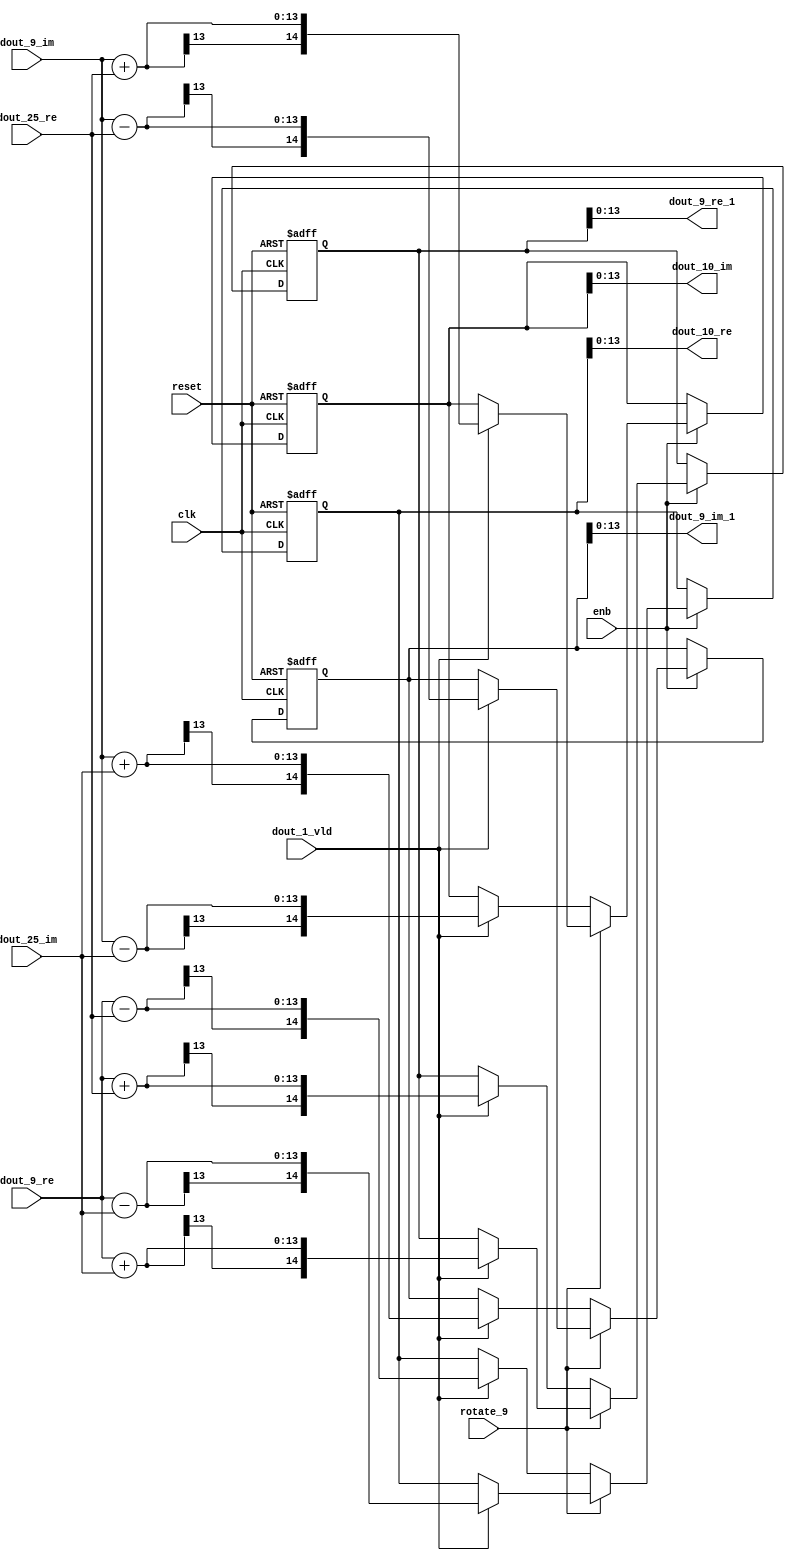
// -------------------------------------------------------------
// 
// 
// Generated by MATLAB 9.14 and HDL Coder 4.1
// 
// -------------------------------------------------------------


// -------------------------------------------------------------
// 
// Module: RADIX22FFT_SDNF2_2_block3
// Source Path: RSP/RSP/Velocity Processor/Doppler Processing/Doppler Processor/FFT/RADIX22FFT_SDNF2_2
// Hierarchy Level: 5
// 
// -------------------------------------------------------------

`timescale 1 ns / 1 ns

module RADIX22FFT_SDNF2_2_block3
          (clk,
           reset,
           enb,
           rotate_9,
           dout_9_re,
           dout_9_im,
           dout_25_re,
           dout_25_im,
           dout_1_vld,
           dout_9_re_1,
           dout_9_im_1,
           dout_10_re,
           dout_10_im);


  input   clk;
  input   reset;
  input   enb;
  input   rotate_9;  // ufix1
  input   signed [12:0] dout_9_re;  // sfix13_En10
  input   signed [12:0] dout_9_im;  // sfix13_En10
  input   signed [12:0] dout_25_re;  // sfix13_En10
  input   signed [12:0] dout_25_im;  // sfix13_En10
  input   dout_1_vld;
  output  signed [13:0] dout_9_re_1;  // sfix14_En10
  output  signed [13:0] dout_9_im_1;  // sfix14_En10
  output  signed [13:0] dout_10_re;  // sfix14_En10
  output  signed [13:0] dout_10_im;  // sfix14_En10


  wire signed [13:0] din1_re;  // sfix14_En10
  wire signed [13:0] din1_im;  // sfix14_En10
  wire signed [13:0] din2_re;  // sfix14_En10
  wire signed [13:0] din2_im;  // sfix14_En10
  reg  Radix22ButterflyG2_NF_din_vld_dly;
  reg signed [14:0] Radix22ButterflyG2_NF_btf1_re_reg;  // sfix15
  reg signed [14:0] Radix22ButterflyG2_NF_btf1_im_reg;  // sfix15
  reg signed [14:0] Radix22ButterflyG2_NF_btf2_re_reg;  // sfix15
  reg signed [14:0] Radix22ButterflyG2_NF_btf2_im_reg;  // sfix15
  reg  Radix22ButterflyG2_NF_din_vld_dly_next;
  reg signed [14:0] Radix22ButterflyG2_NF_btf1_re_reg_next;  // sfix15_En10
  reg signed [14:0] Radix22ButterflyG2_NF_btf1_im_reg_next;  // sfix15_En10
  reg signed [14:0] Radix22ButterflyG2_NF_btf2_re_reg_next;  // sfix15_En10
  reg signed [14:0] Radix22ButterflyG2_NF_btf2_im_reg_next;  // sfix15_En10
  reg signed [13:0] dout_9_re_2;  // sfix14_En10
  reg signed [13:0] dout_9_im_2;  // sfix14_En10
  reg signed [13:0] dout_10_re_1;  // sfix14_En10
  reg signed [13:0] dout_10_im_1;  // sfix14_En10
  reg  dout_2_vld;
  reg signed [14:0] Radix22ButterflyG2_NF_add_cast;  // sfix15_En10
  reg signed [14:0] Radix22ButterflyG2_NF_add_cast_0;  // sfix15_En10
  reg signed [14:0] Radix22ButterflyG2_NF_add_cast_1;  // sfix15_En10
  reg signed [14:0] Radix22ButterflyG2_NF_add_cast_2;  // sfix15_En10
  reg signed [14:0] Radix22ButterflyG2_NF_sub_cast;  // sfix15_En10
  reg signed [14:0] Radix22ButterflyG2_NF_sub_cast_0;  // sfix15_En10
  reg signed [14:0] Radix22ButterflyG2_NF_sub_cast_1;  // sfix15_En10
  reg signed [14:0] Radix22ButterflyG2_NF_sub_cast_2;  // sfix15_En10
  reg signed [14:0] Radix22ButterflyG2_NF_add_cast_3;  // sfix15_En10
  reg signed [14:0] Radix22ButterflyG2_NF_add_cast_4;  // sfix15_En10
  reg signed [14:0] Radix22ButterflyG2_NF_add_cast_5;  // sfix15_En10
  reg signed [14:0] Radix22ButterflyG2_NF_add_cast_6;  // sfix15_En10
  reg signed [14:0] Radix22ButterflyG2_NF_sub_cast_3;  // sfix15_En10
  reg signed [14:0] Radix22ButterflyG2_NF_sub_cast_4;  // sfix15_En10
  reg signed [14:0] Radix22ButterflyG2_NF_sub_cast_5;  // sfix15_En10
  reg signed [14:0] Radix22ButterflyG2_NF_sub_cast_6;  // sfix15_En10


  assign din1_re = {dout_9_re[12], dout_9_re};



  assign din1_im = {dout_9_im[12], dout_9_im};



  assign din2_re = {dout_25_re[12], dout_25_re};



  assign din2_im = {dout_25_im[12], dout_25_im};



  // Radix22ButterflyG2_NF
  always @(posedge clk or posedge reset)
    begin : Radix22ButterflyG2_NF_process
      if (reset == 1'b1) begin
        Radix22ButterflyG2_NF_din_vld_dly <= 1'b0;
        Radix22ButterflyG2_NF_btf1_re_reg <= 15'sb000000000000000;
        Radix22ButterflyG2_NF_btf1_im_reg <= 15'sb000000000000000;
        Radix22ButterflyG2_NF_btf2_re_reg <= 15'sb000000000000000;
        Radix22ButterflyG2_NF_btf2_im_reg <= 15'sb000000000000000;
      end
      else begin
        if (enb) begin
          Radix22ButterflyG2_NF_din_vld_dly <= Radix22ButterflyG2_NF_din_vld_dly_next;
          Radix22ButterflyG2_NF_btf1_re_reg <= Radix22ButterflyG2_NF_btf1_re_reg_next;
          Radix22ButterflyG2_NF_btf1_im_reg <= Radix22ButterflyG2_NF_btf1_im_reg_next;
          Radix22ButterflyG2_NF_btf2_re_reg <= Radix22ButterflyG2_NF_btf2_re_reg_next;
          Radix22ButterflyG2_NF_btf2_im_reg <= Radix22ButterflyG2_NF_btf2_im_reg_next;
        end
      end
    end

  always @(Radix22ButterflyG2_NF_btf1_im_reg, Radix22ButterflyG2_NF_btf1_re_reg,
       Radix22ButterflyG2_NF_btf2_im_reg, Radix22ButterflyG2_NF_btf2_re_reg,
       Radix22ButterflyG2_NF_din_vld_dly, din1_im, din1_re, din2_im, din2_re,
       dout_1_vld, rotate_9) begin
    Radix22ButterflyG2_NF_add_cast_1 = 15'sb000000000000000;
    Radix22ButterflyG2_NF_add_cast_2 = 15'sb000000000000000;
    Radix22ButterflyG2_NF_sub_cast_1 = 15'sb000000000000000;
    Radix22ButterflyG2_NF_sub_cast_2 = 15'sb000000000000000;
    Radix22ButterflyG2_NF_add_cast_5 = 15'sb000000000000000;
    Radix22ButterflyG2_NF_add_cast_6 = 15'sb000000000000000;
    Radix22ButterflyG2_NF_sub_cast_5 = 15'sb000000000000000;
    Radix22ButterflyG2_NF_sub_cast_6 = 15'sb000000000000000;
    Radix22ButterflyG2_NF_add_cast = 15'sb000000000000000;
    Radix22ButterflyG2_NF_add_cast_0 = 15'sb000000000000000;
    Radix22ButterflyG2_NF_sub_cast = 15'sb000000000000000;
    Radix22ButterflyG2_NF_sub_cast_0 = 15'sb000000000000000;
    Radix22ButterflyG2_NF_add_cast_3 = 15'sb000000000000000;
    Radix22ButterflyG2_NF_add_cast_4 = 15'sb000000000000000;
    Radix22ButterflyG2_NF_sub_cast_3 = 15'sb000000000000000;
    Radix22ButterflyG2_NF_sub_cast_4 = 15'sb000000000000000;
    Radix22ButterflyG2_NF_btf1_re_reg_next = Radix22ButterflyG2_NF_btf1_re_reg;
    Radix22ButterflyG2_NF_btf1_im_reg_next = Radix22ButterflyG2_NF_btf1_im_reg;
    Radix22ButterflyG2_NF_btf2_re_reg_next = Radix22ButterflyG2_NF_btf2_re_reg;
    Radix22ButterflyG2_NF_btf2_im_reg_next = Radix22ButterflyG2_NF_btf2_im_reg;
    Radix22ButterflyG2_NF_din_vld_dly_next = dout_1_vld;
    if (rotate_9 != 1'b0) begin
      if (dout_1_vld) begin
        Radix22ButterflyG2_NF_add_cast_1 = {din1_re[13], din1_re};
        Radix22ButterflyG2_NF_add_cast_2 = {din2_im[13], din2_im};
        Radix22ButterflyG2_NF_btf1_re_reg_next = Radix22ButterflyG2_NF_add_cast_1 + Radix22ButterflyG2_NF_add_cast_2;
        Radix22ButterflyG2_NF_sub_cast_1 = {din1_re[13], din1_re};
        Radix22ButterflyG2_NF_sub_cast_2 = {din2_im[13], din2_im};
        Radix22ButterflyG2_NF_btf2_re_reg_next = Radix22ButterflyG2_NF_sub_cast_1 - Radix22ButterflyG2_NF_sub_cast_2;
        Radix22ButterflyG2_NF_add_cast_5 = {din1_im[13], din1_im};
        Radix22ButterflyG2_NF_add_cast_6 = {din2_re[13], din2_re};
        Radix22ButterflyG2_NF_btf2_im_reg_next = Radix22ButterflyG2_NF_add_cast_5 + Radix22ButterflyG2_NF_add_cast_6;
        Radix22ButterflyG2_NF_sub_cast_5 = {din1_im[13], din1_im};
        Radix22ButterflyG2_NF_sub_cast_6 = {din2_re[13], din2_re};
        Radix22ButterflyG2_NF_btf1_im_reg_next = Radix22ButterflyG2_NF_sub_cast_5 - Radix22ButterflyG2_NF_sub_cast_6;
      end
    end
    else if (dout_1_vld) begin
      Radix22ButterflyG2_NF_add_cast = {din1_re[13], din1_re};
      Radix22ButterflyG2_NF_add_cast_0 = {din2_re[13], din2_re};
      Radix22ButterflyG2_NF_btf1_re_reg_next = Radix22ButterflyG2_NF_add_cast + Radix22ButterflyG2_NF_add_cast_0;
      Radix22ButterflyG2_NF_sub_cast = {din1_re[13], din1_re};
      Radix22ButterflyG2_NF_sub_cast_0 = {din2_re[13], din2_re};
      Radix22ButterflyG2_NF_btf2_re_reg_next = Radix22ButterflyG2_NF_sub_cast - Radix22ButterflyG2_NF_sub_cast_0;
      Radix22ButterflyG2_NF_add_cast_3 = {din1_im[13], din1_im};
      Radix22ButterflyG2_NF_add_cast_4 = {din2_im[13], din2_im};
      Radix22ButterflyG2_NF_btf1_im_reg_next = Radix22ButterflyG2_NF_add_cast_3 + Radix22ButterflyG2_NF_add_cast_4;
      Radix22ButterflyG2_NF_sub_cast_3 = {din1_im[13], din1_im};
      Radix22ButterflyG2_NF_sub_cast_4 = {din2_im[13], din2_im};
      Radix22ButterflyG2_NF_btf2_im_reg_next = Radix22ButterflyG2_NF_sub_cast_3 - Radix22ButterflyG2_NF_sub_cast_4;
    end
    dout_9_re_2 = Radix22ButterflyG2_NF_btf1_re_reg[13:0];
    dout_9_im_2 = Radix22ButterflyG2_NF_btf1_im_reg[13:0];
    dout_10_re_1 = Radix22ButterflyG2_NF_btf2_re_reg[13:0];
    dout_10_im_1 = Radix22ButterflyG2_NF_btf2_im_reg[13:0];
    dout_2_vld = Radix22ButterflyG2_NF_din_vld_dly;
  end



  assign dout_9_re_1 = dout_9_re_2;

  assign dout_9_im_1 = dout_9_im_2;

  assign dout_10_re = dout_10_re_1;

  assign dout_10_im = dout_10_im_1;

endmodule  // RADIX22FFT_SDNF2_2_block3